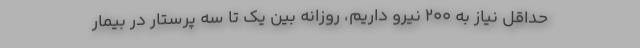
حداقل نیاز به ۲۰۰ نیرو داریم، روزانه بین یک تا سه پرستار در بیمار